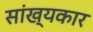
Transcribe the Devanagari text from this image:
सांख्यकार